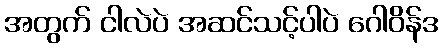
အတွက် ငါလဲပဲ အဆင်သင့်ပါပဲ ဂေါဝိန်ဒ